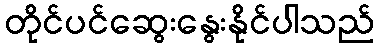
တိုင်ပင်ဆွေးနွေးနိုင်ပါသည်